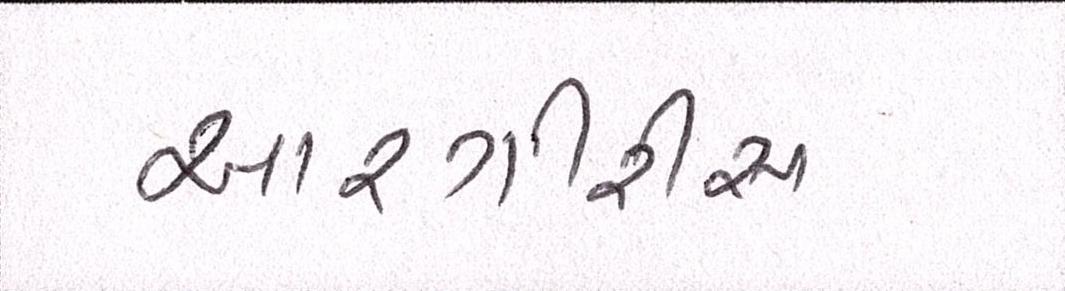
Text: આરગીરીસ